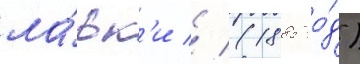
ла́вк'и // (1885 го́д)